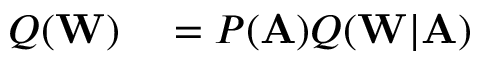
\begin{array} { r l } { Q ( \mathbf { W } ) } & { { } = P ( \mathbf { A } ) Q ( \mathbf { W } | \mathbf { A } ) } \end{array}